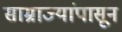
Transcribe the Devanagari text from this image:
साम्राज्यांपासून